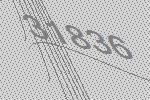
31836